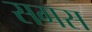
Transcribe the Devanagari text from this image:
सगस